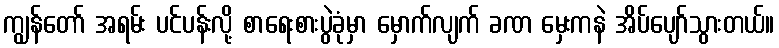
ကျွန်တော် အရမ်း ပင်ပန်းလို့ စာရေးစားပွဲခုံမှာ မှောက်လျက် ခဏ မှေးကနဲ အိပ်ပျော်သွားတယ်။